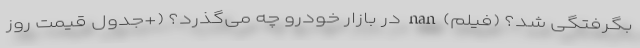
بگرفتگی شد؟ (فیلم) nan در بازار خودرو چه می‌گذرد؟ (+جدول قیمت روز